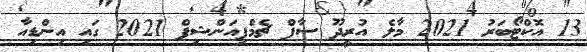
13 އޮކްޓޯބަރު 2021 މާލެ އުރީދޫ ސާފް ޗެމްޕިއަންޝިޕް 2021 ގައި އިންޑިއާ